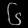
Digit: ၆